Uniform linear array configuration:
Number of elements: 48
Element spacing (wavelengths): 0.75
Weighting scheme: binomial
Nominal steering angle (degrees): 30
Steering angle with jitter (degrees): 31.446
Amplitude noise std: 0.05
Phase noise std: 0.05

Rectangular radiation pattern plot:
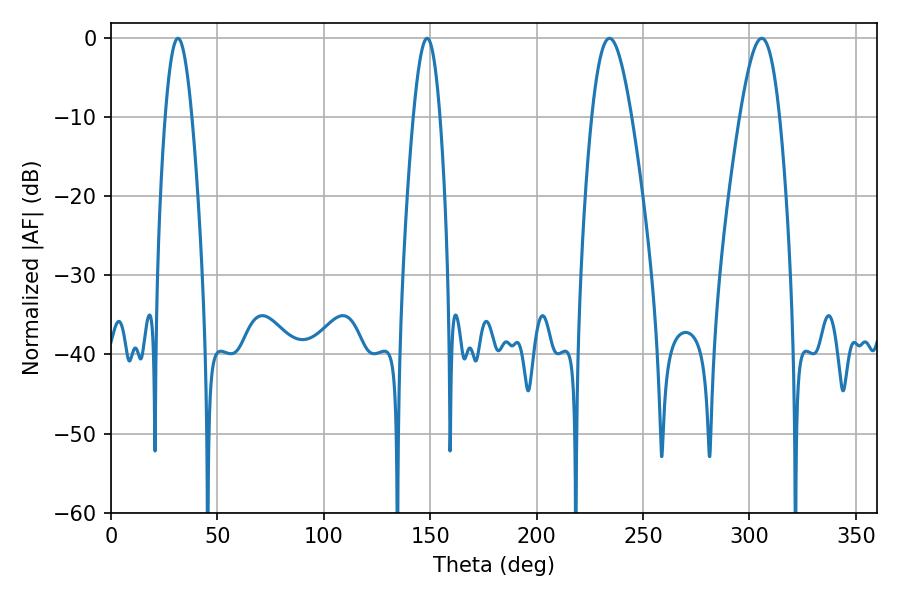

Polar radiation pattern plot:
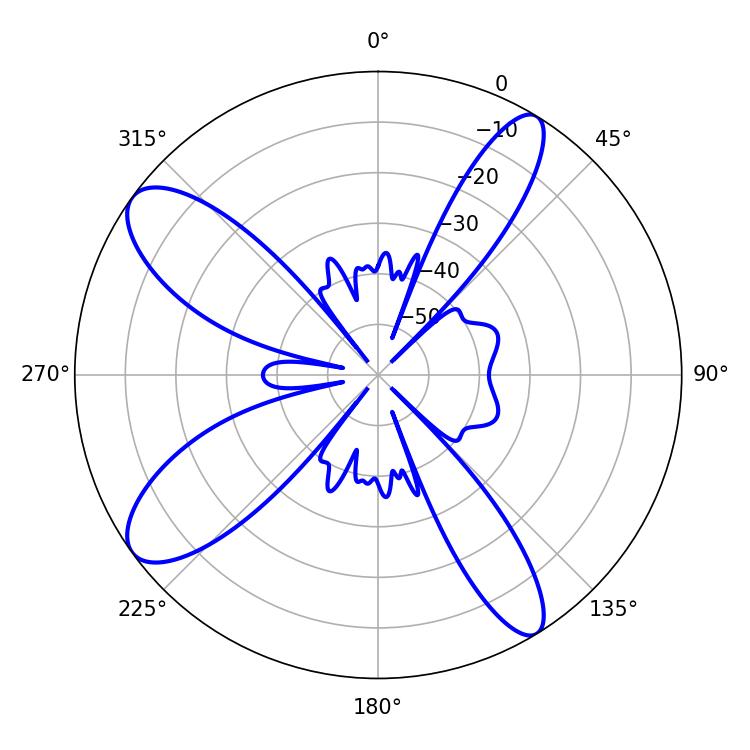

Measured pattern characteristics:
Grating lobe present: TRUE
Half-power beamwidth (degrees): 10.08
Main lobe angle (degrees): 234.18